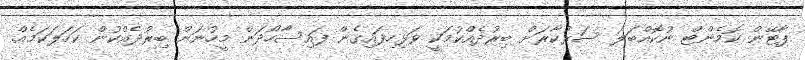
ޕާޓޭން ކޮމެންޓް ނުކޮއްބަލަ ސަރުކާރަށް ބިރުދެއްކުމަކީ ވަޅިހިފައިގެން ފައިސާހޯދަން މީހުނަށް ބިރުދެއްކުން ކަހަލަކަމެއް.